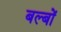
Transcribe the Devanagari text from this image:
बल्‍बों